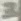
Text: 3